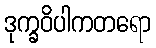
ဒုက္ခဝိပါကတရော